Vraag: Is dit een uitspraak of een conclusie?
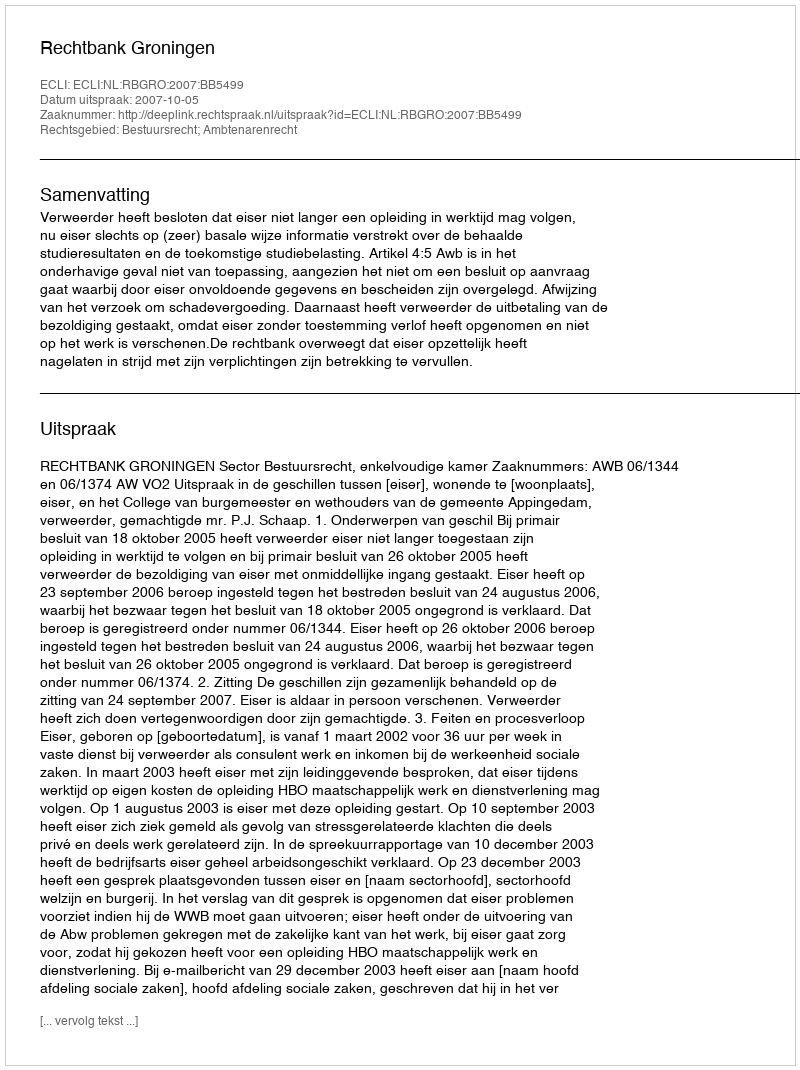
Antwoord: Uitspraak